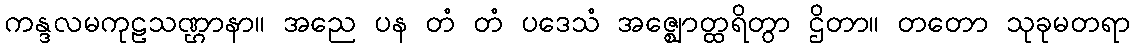
ကန္ဒလမကုဠသဏ္ဌာနာ။ အညေ ပန တံ တံ ပဒေသံ အဇ္ဈောတ္ထရိတွာ ဌိတာ။ တတော သုခုမတရာ